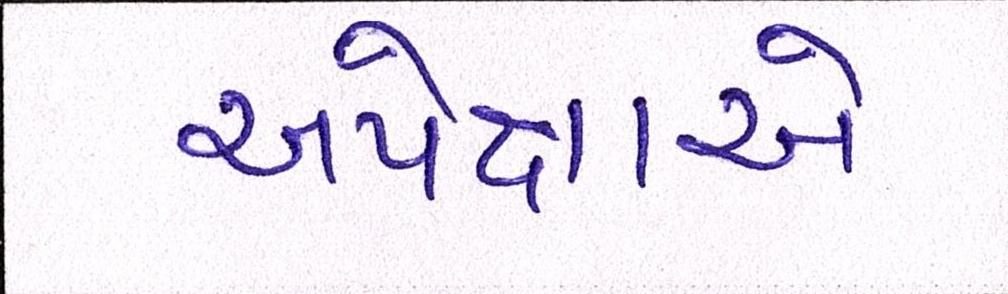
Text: અપેક્ષાએ